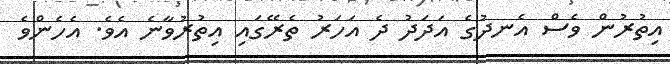
އިތުރުން ވެސް އެނދުގެ އަދަދު ދެ އަހަރު ތެރޭގައި އިތުރުވާނެ އެވެ. އެހެންވެ